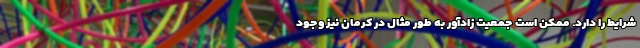
شرایط را دارد. ممکن است جمعیت زادآور به طور مثال در کرمان نیز وجود